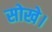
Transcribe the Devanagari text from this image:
सोखे।